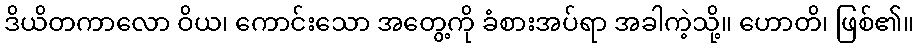
ဒိယိတကာလော ဝိယ၊ ကောင်းသော အတွေ့ကို ခံစားအပ်ရာ အခါကဲ့သို့။ ဟောတိ၊ ဖြစ်၏။